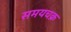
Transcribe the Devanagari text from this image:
समयचक्र